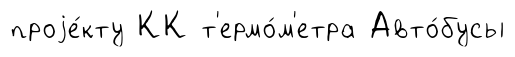
проjе́кту КК т'ермо́м'етра Авто́бусы